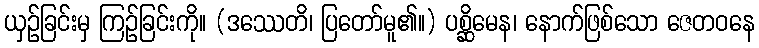
ယှဉ်ခြင်းမှ ကြဉ်ခြင်းကို။ (ဒဿေတိ၊ ပြတော်မူ၏။) ပစ္ဆိမေန၊ နောက်ဖြစ်သော ဇေတဝနေ